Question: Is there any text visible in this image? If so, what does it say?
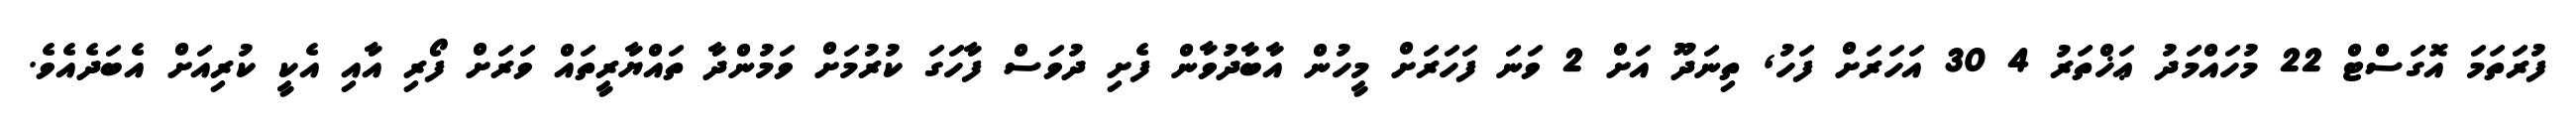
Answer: ފުރަތަމަ އޮގަސްޓް 22 މުހައްމަދު ޢަޚްތަރު 4 30 އަހަރަށް ފަހު, ތިނަދޫ އަށް 2 ވަނަ ފަހަރަށް މީހުން އާބާދުވާން ފެށި ދުވަސް ފާހަގަ ކުރުމަށް ވަމުންދާ ތައްޔާރީތައް ވަރަށް ފޯރި އާއި އެކީ ކުރިއަށް އެބަދެއެވެ.